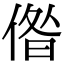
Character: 偺